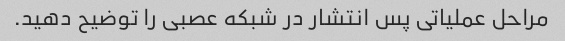
مراحل عملیاتی پس انتشار در شبکه عصبی را توضیح دهید.